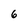
Character: 6